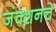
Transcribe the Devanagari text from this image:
जंक्शनचे